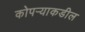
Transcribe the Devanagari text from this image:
कोपऱ्याकडील